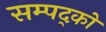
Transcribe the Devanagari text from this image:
सम्पद्को